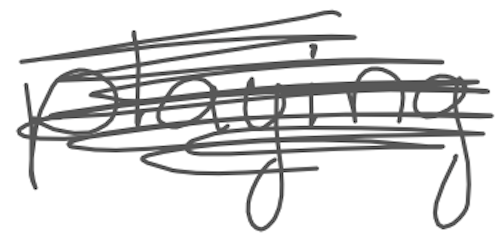
Text: playing
Cross-out: mix
Writing tool: digital_gray